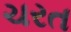
ચરત